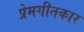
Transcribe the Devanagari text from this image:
प्रेमगीतकार